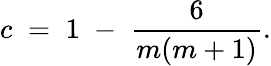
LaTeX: c\; =\; 1\; -\; \frac{6}{m(m+1)}.